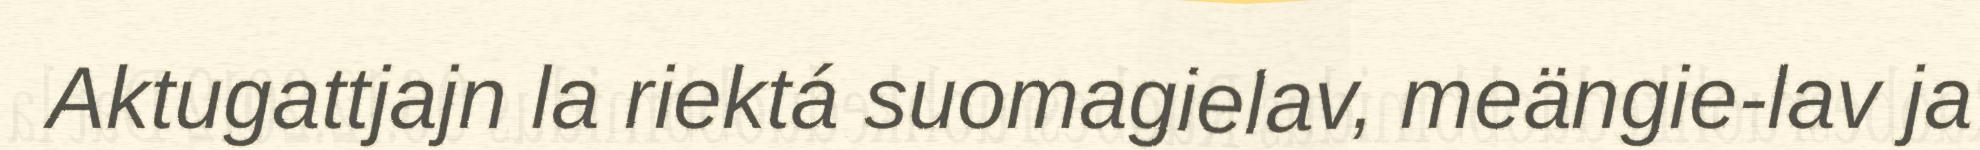
Aktugattjajn la riektá suomagielav, meängie-lav ja